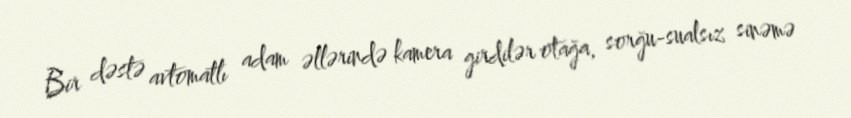
Bir dəstə avtomatlı adam əllərində kamera girdilər otağa, sorğu-sualsız sinəmə